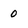
Character: 0